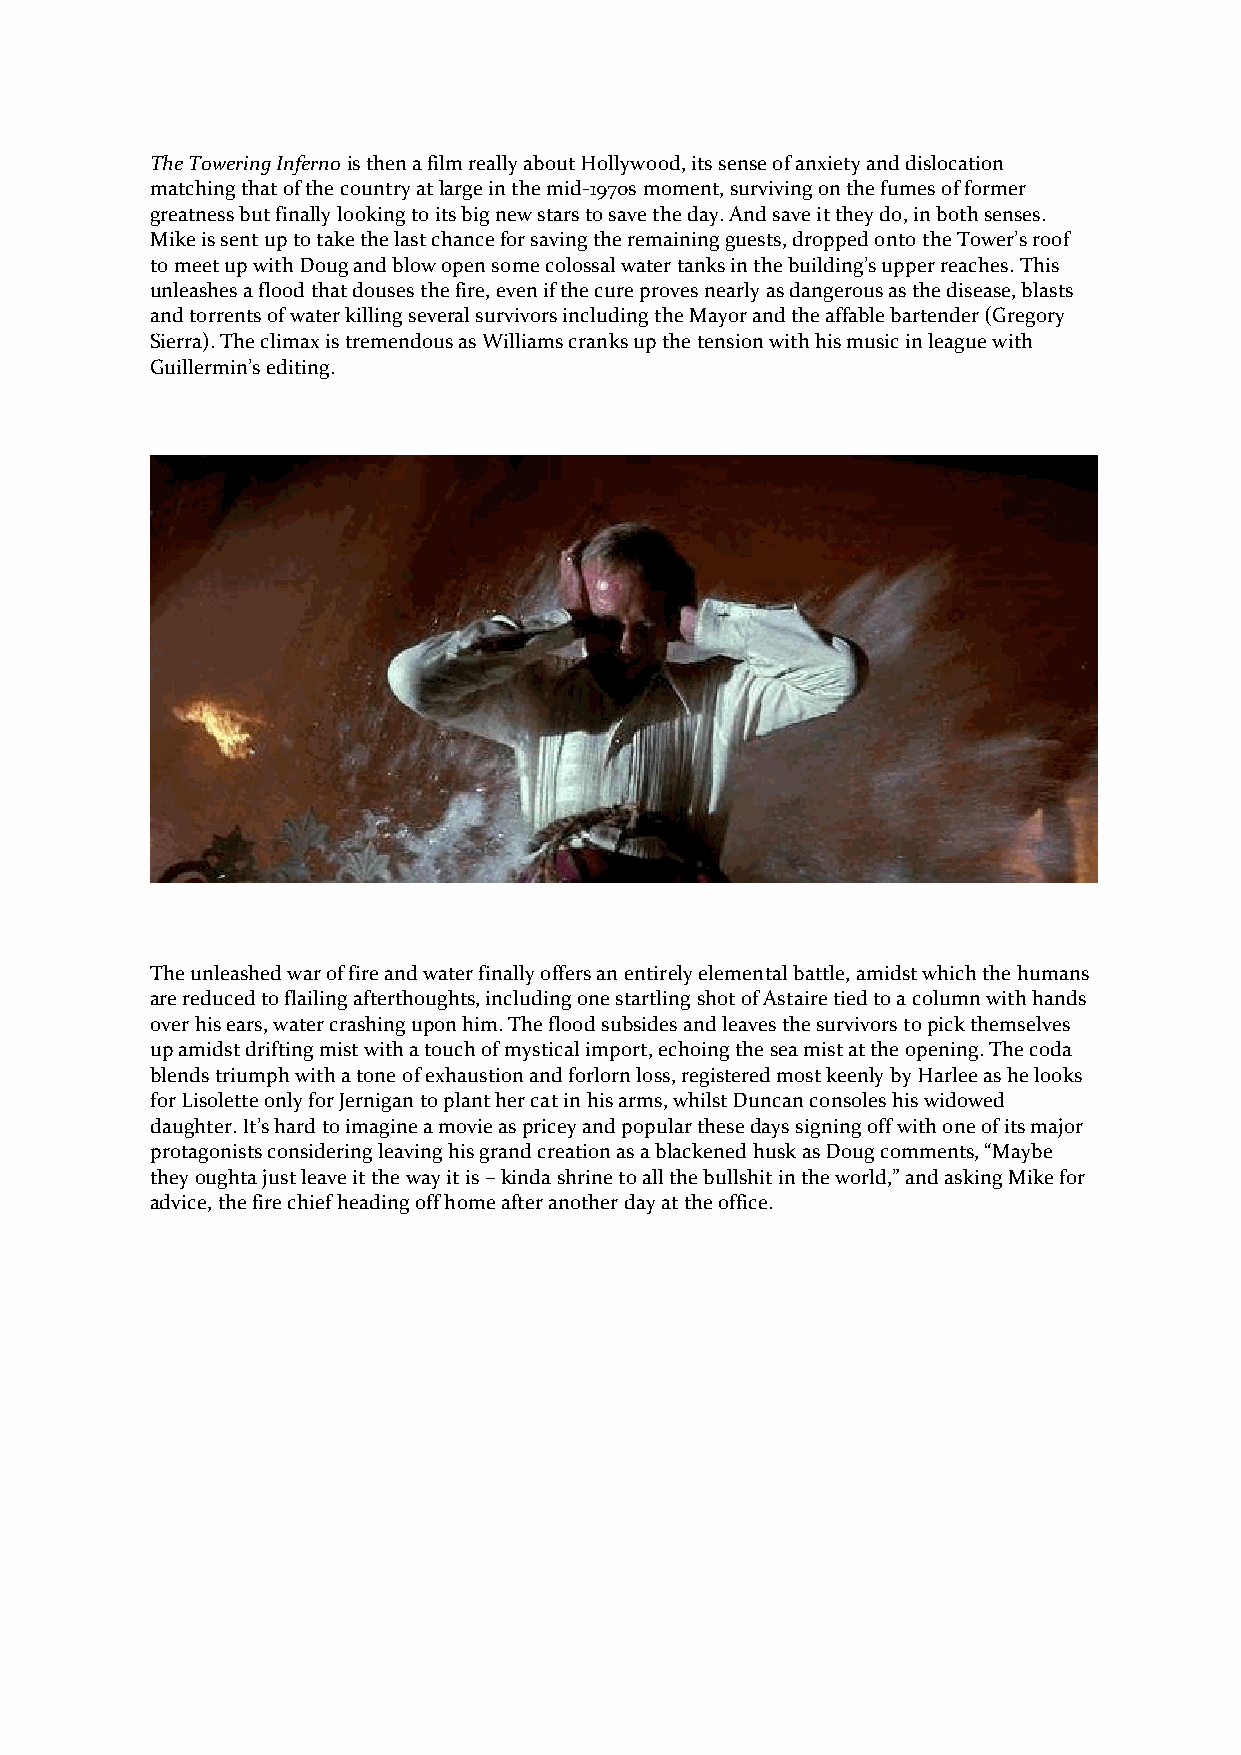
The Towering Inferno is then a film really about Hollywood, its sense of anxiety and dislocation
 matching that of the country at large in the mid-1970s moment, surviving on the fumes of former
 greatness but finally looking to its big new stars to save the day. And save it they do, in both senses.
 Mike is sent up to take the last chance for saving the remaining guests, dropped onto the Tower’s roof
 to meet up with Doug and blow open some colossal water tanks in the building’s upper reaches. This
 unleashes a flood that douses the fire, even if the cure proves nearly as dangerous as the disease, blasts
 and torrents of water killing several survivors including the Mayor and the affable bartender (Gregory
 Sierra). The climax is tremendous as Williams cranks up the tension with his music in league with
 Guillermin’s editing.
 The unleashed war of fire and water finally offers an entirely elemental battle, amidst which the humans
 are reduced to flailing afterthoughts, including one startling shot of Astaire tied to a column with hands
 over his ears, water crashing upon him. The flood subsides and leaves the survivors to pick themselves
 up amidst drifting mist with a touch of mystical import, echoing the sea mist at the opening. The coda
 blends triumph with a tone of exhaustion and forlorn loss, registered most keenly by Harlee as he looks
 for Lisolette only for Jernigan to plant her cat in his arms, whilst Duncan consoles his widowed
 daughter. It’s hard to imagine a movie as pricey and popular these days signing off with one of its major
 protagonists considering leaving his grand creation as a blackened husk as Doug comments, “Maybe
 they oughta just leave it the way it is – kinda shrine to all the bullshit in the world,” and asking Mike for
 advice, the fire chief heading off home after another day at the office.